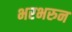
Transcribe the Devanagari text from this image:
भरभरुन